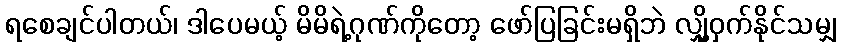
ရစေချင်ပါတယ်၊ ဒါပေမယ့် မိမိရဲ့ဂုဏ်ကိုတော့ ဖော်ပြခြင်းမရှိဘဲ လျှို့ဝှက်နိုင်သမျှ